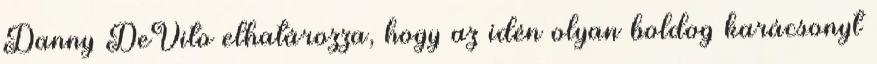
Danny DeVito elhatározza, hogy az idén olyan boldog karácsonyt